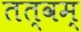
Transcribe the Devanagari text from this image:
तत्वम्